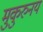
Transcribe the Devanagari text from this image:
मुकुरुनय